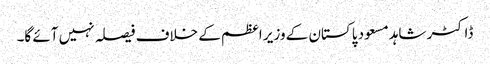
ڈاکٹر شاہد مسعود پاکستان کے وزیر اعظم کے خلاف فیصلہ نہیں آئے گا۔